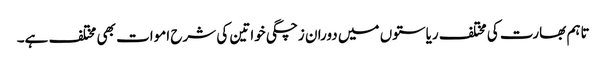
تاہم بھارت کی مختلف ریاستوں میں دوران زچگی خواتین کی شرح اموات بھی مختلف ہے۔